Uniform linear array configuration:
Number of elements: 8
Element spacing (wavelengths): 0.75
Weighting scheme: uniform
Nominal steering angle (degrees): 45
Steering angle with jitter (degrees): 46.641
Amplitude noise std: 0.05
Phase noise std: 0.05

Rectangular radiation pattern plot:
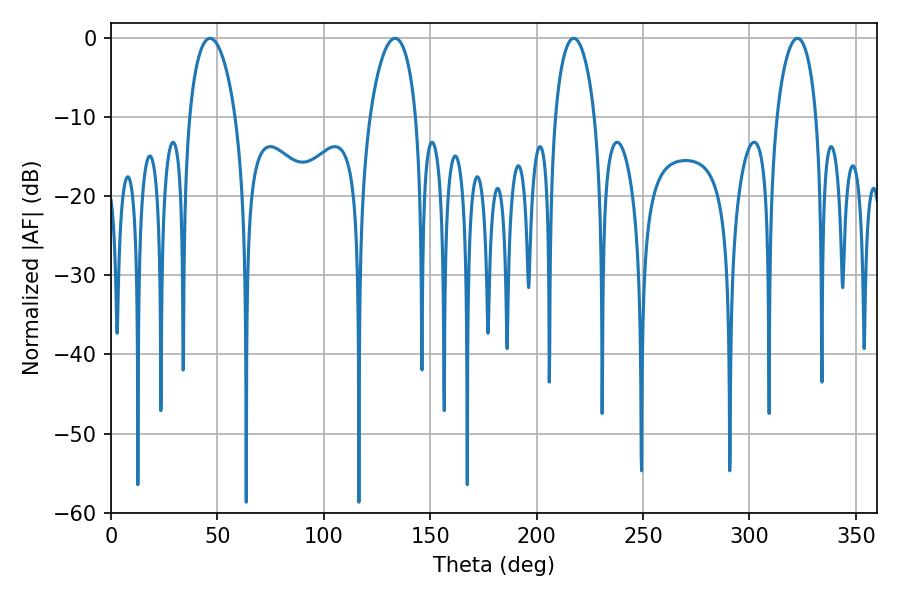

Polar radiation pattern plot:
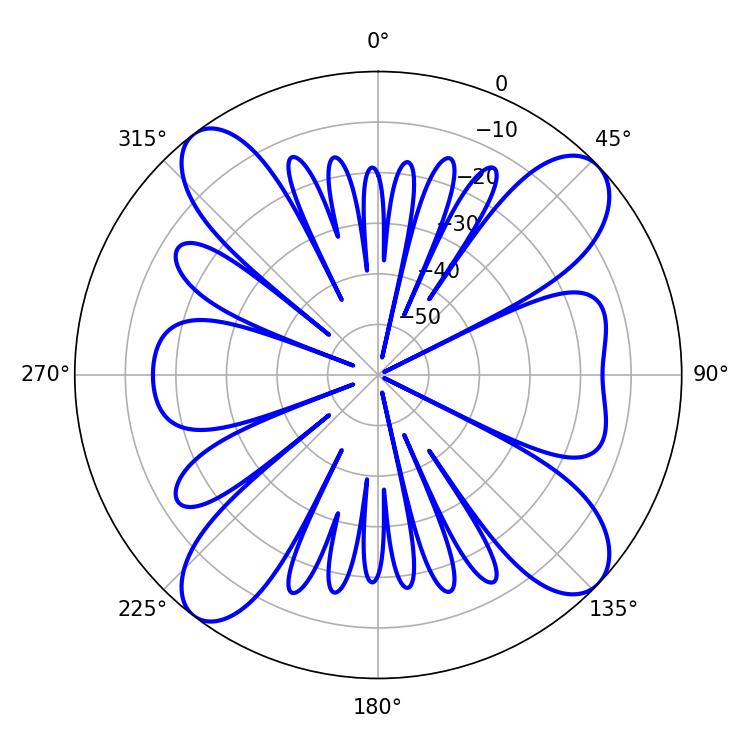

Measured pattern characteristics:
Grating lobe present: TRUE
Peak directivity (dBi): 13.108
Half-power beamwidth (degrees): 10.8
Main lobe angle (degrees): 322.56